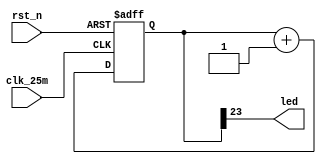
module led_controller(
	input 	clk_25m,
	input 	rst_n,
	output 	led
	);
	
reg[23:0] cnt;

always @(posedge clk_25m or negedge rst_n)
		if(!rst_n) cnt <= 24'd0;
		else cnt <= cnt + 1'b1;
		
assign led = cnt[23];

endmodule